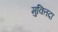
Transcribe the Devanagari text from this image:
मुक्‍तिदा